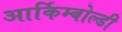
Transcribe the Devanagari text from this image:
आर्किम्बोल्डी